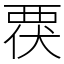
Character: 覄